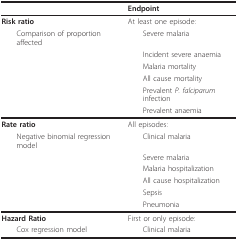
<table><thead><tr><td></td><td><b>Endpoint</b></td></tr></thead><tbody><tr><td><b>Risk ratio</b></td><td>At least one episode:</td></tr><tr><td> Comparison of proportion affected</td><td> Severe malaria</td></tr><tr><td></td><td> Incident severe anaemia</td></tr><tr><td></td><td> Malaria mortality</td></tr><tr><td></td><td> All cause mortality</td></tr><tr><td></td><td> Prevalent <i>P. falciparum </i>infection</td></tr><tr><td></td><td> Prevalent anaemia</td></tr><tr><td><b>Rate ratio</b></td><td>All episodes:</td></tr><tr><td> Negative binomial regression model</td><td> Clinical malaria</td></tr><tr><td></td><td> Severe malaria</td></tr><tr><td></td><td> Malaria hospitalization</td></tr><tr><td></td><td> All cause hospitalization</td></tr><tr><td></td><td> Sepsis</td></tr><tr><td></td><td> Pneumonia</td></tr><tr><td><b>Hazard Ratio</b></td><td>First or only episode:</td></tr><tr><td> Cox regression model</td><td> Clinical malaria</td></tr></tbody></table>